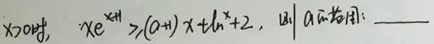
当\(x > 0\)时，\(xe^{x + 1}\geqslant(a + 1)x+\ln x + 2\)，则\(a\)的范围：  \_\_\_